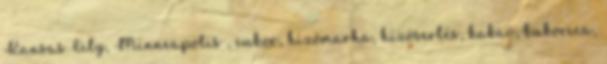
Kansas City, Minneapolis , cukor, hízómarha, hízósertés, kakaó, kukorica,